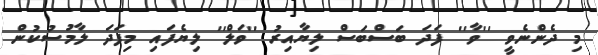
މި ދެންނެވީ ''ވާ'' ފަދަ ބަސްބަސް ލިޔާއިރު ''ވަލް'' ލިޔެފައި މިފަދަ ލާމުސުކުން